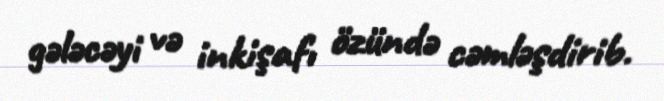
gələcəyi və inkişafı özündə cəmləşdirib.